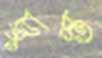
চুস্ত